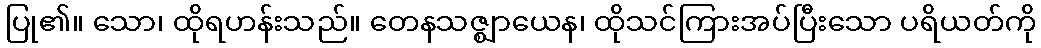
ပြု၏။ သော၊ ထိုရဟန်းသည်။ တေနသဇ္ဈာယေန၊ ထိုသင်ကြားအပ်ပြီးသော ပရိယတ်ကို